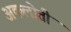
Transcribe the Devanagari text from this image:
अकलोती